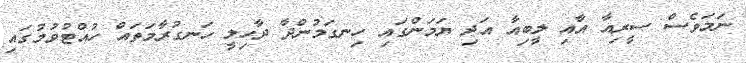
ނަމަވެސް ސީރިއާ އާއި ލީބިއާ އަދި ޔަމަންގައި ހިނގަމުންދާ ދާހިލީ ހަނގުރާމަތައް ހުއްޓުވުމުގައި